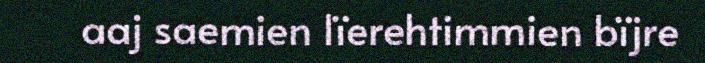
aaj saemien lïerehtimmien bïjre